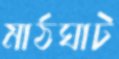
মাঠঘাট